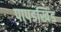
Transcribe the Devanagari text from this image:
पापडखिंड